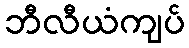
ဘီလီယံကျပ်